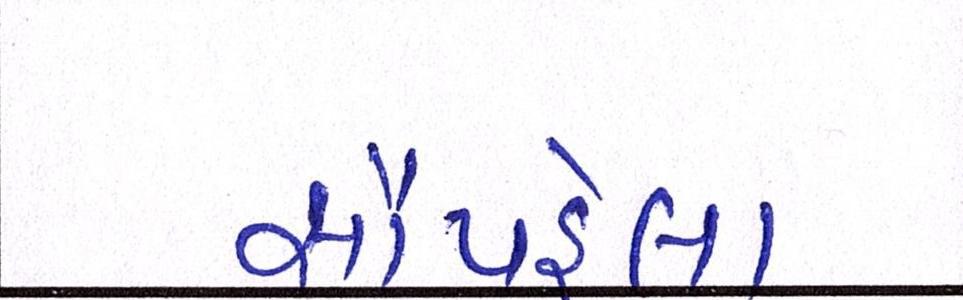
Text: સૌપહેલા